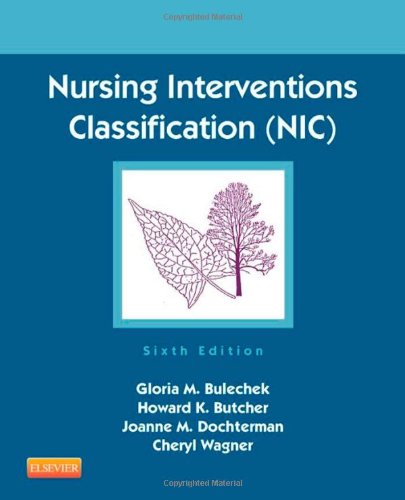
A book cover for Nursing Interventions Classification (NIC), 6e; Gloria M. Bulechek PhD  RN  FAAN; Medical Books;